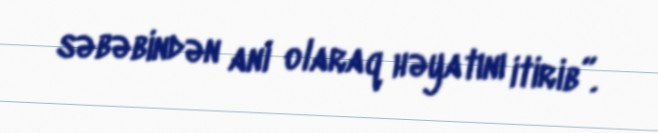
səbəbindən ani olaraq həyatını itirib”.